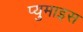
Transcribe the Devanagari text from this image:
प्युमाइस